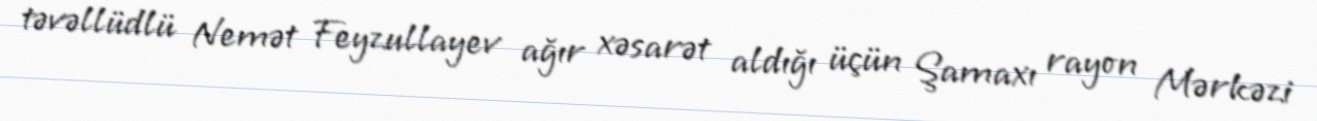
təvəllüdlü Nemət Feyzullayev ağır xəsarət aldığı üçün Şamaxı rayon Mərkəzi